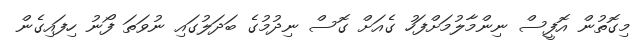
މިގޮތުން އޮފީސް ނިންމާލުމަށްފަހު ގެއަށް ގޮސް ނިދުމުގެ ބަދަލުގައި ނުވަތަ ފޯނު ހިފައިގެން